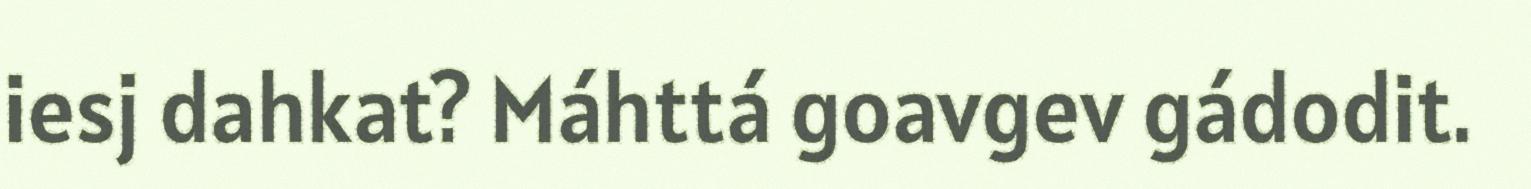
iesj dahkat? Máhttá goavgev gádodit.